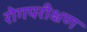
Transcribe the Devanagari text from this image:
रोगपरीक्षण